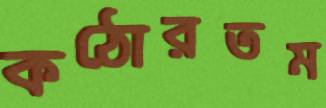
কঠোরতম